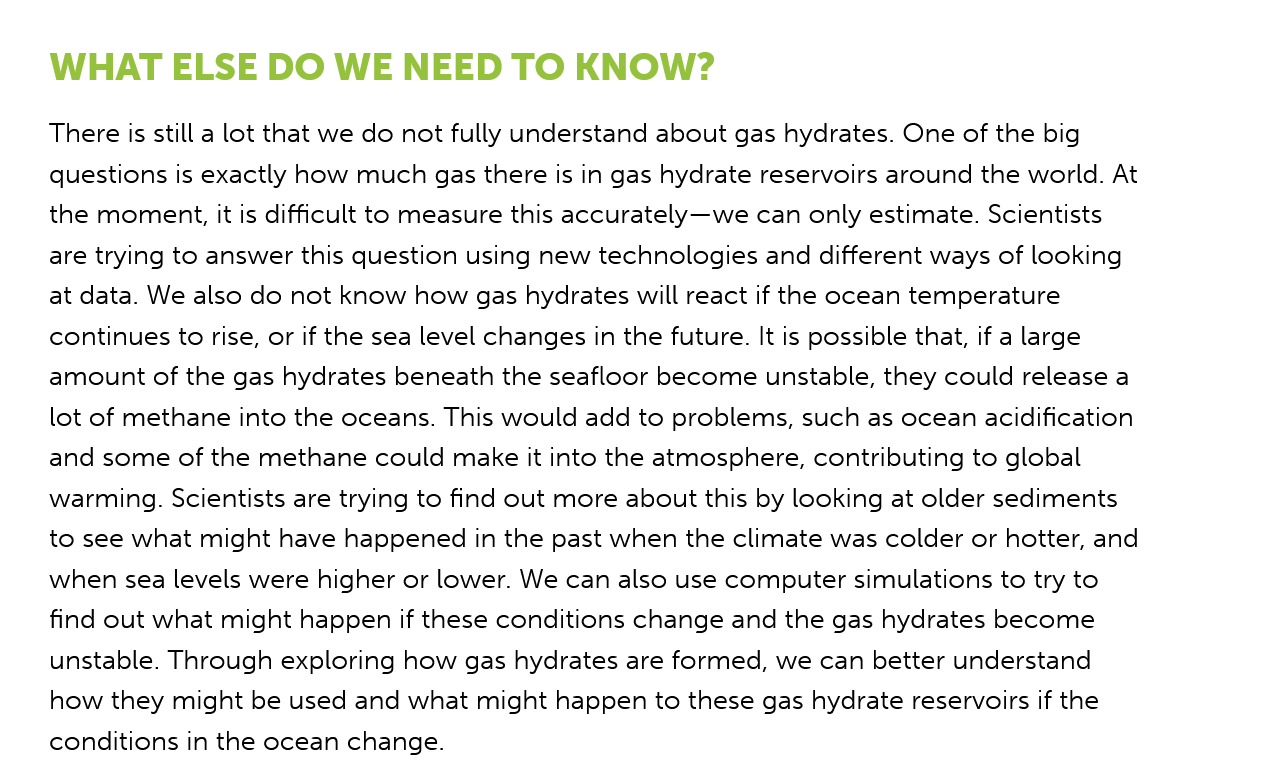
WHAT   ELSE    DO   WE   NEED    TO   KNOW?
    There is still a lot that we do not fully understand about gas hydrates. One of the big
    questions is exactly how much gas there is in gas hydrate reservoirs around the world. At
    the moment, it is difficult to measure this accurately—we can only estimate. Scientists
    are trying to answer this question using new technologies and different ways of looking
    at data. We also do not know how gas hydrates will react if the ocean temperature
    continues to rise, or if the sea level changes in the future. It is possible that, if a large
    amount of the gas hydrates beneath the seafloor become unstable, they could release a
    lot of methane into the oceans. This would add to problems, such as ocean acidification
    and some of the methane could make it into the atmosphere, contributing to global
    warming. Scientists are trying to find out more about this by looking at older sediments
    to see what might have happened in the past when the climate was colder or hotter, and
    when sea levels were higher or lower. We can also use computer simulations to try to
    find out what might happen if these conditions change and the gas hydrates become
    unstable. Through exploring how gas hydrates are formed, we can better understand
    how  they might be used and what might happen to these gas hydrate reservoirs if the
    conditions in the ocean change.